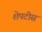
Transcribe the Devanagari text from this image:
शेपटीस